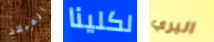
الميلاد لكلينا البري